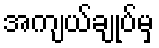
အကျယ်ချုပ်မှ